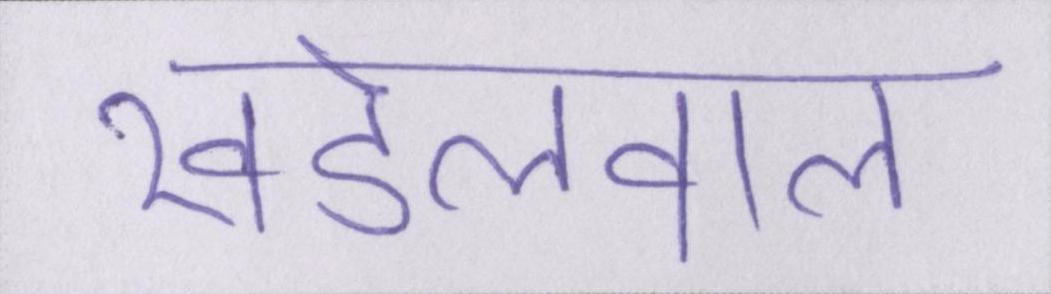
खंडेलवाल